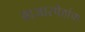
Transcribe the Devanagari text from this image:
बाजारपेठांचा